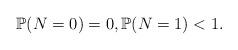
LaTeX: \begin{align*}\mathbb P(N=0)=0,\mathbb P(N=1)<1.\end{align*}